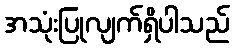
အသုံးပြုလျက်ရှိပါသည်